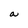
Character: a